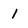
Character: 1